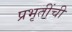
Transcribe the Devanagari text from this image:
प्रभृतींची